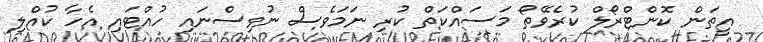
އީތަން ކޮންޓްރޯލް ކުރެވޭތޯ މަސައްކަތް ކުރި ނަމަވެސް ނުވިސްނައި ހުއްޓައި އެހާ ކުއްލި